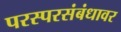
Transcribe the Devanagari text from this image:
परस्परसंबंधावर